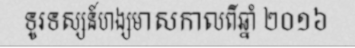
ទូរទស្សន៍ហង្សមាសកាលពីឆ្នាំ ២០១៦